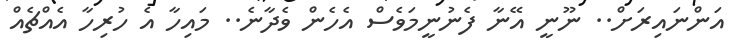
އަންނައިރަށް.. ނޫނީ އޭނާ ފެނުނީމަވެސް އެހެން ވެދާނެ.. މައިހާ އެ ހުރިހާ އެއްޗެއް